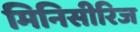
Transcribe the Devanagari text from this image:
मिनिसीरिज